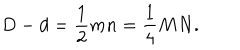
{ D - d = { \frac { 1 } { 2 } } m n = { \frac { 1 } { 4 } } M N . }